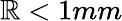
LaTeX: \mathbb{R}<1mm